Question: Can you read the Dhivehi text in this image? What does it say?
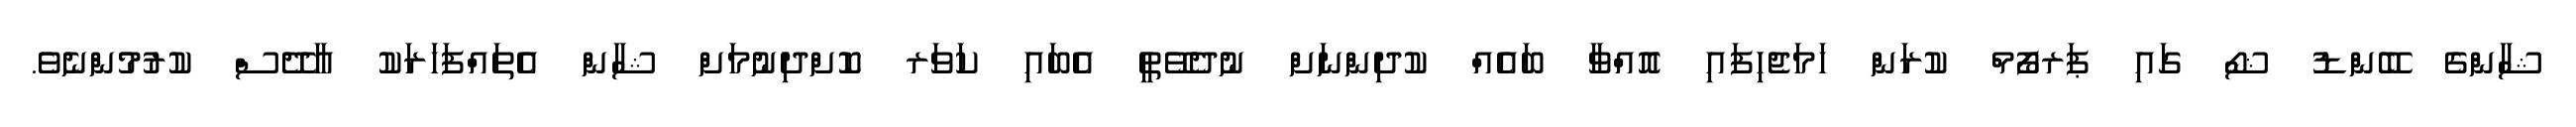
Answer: ޝާންގެ ބޭންޑު ޝޯ ގައި ޕަރފޯމް ކުރަން ހަމަޖެހިފައި އޮއްވާ ބައެއް ކުދިންނަށް ނުދެވޭތީ އެބައި ކަވަރ ކޮށްދިނުމަށް ޝާން އެތައްފަހަރަކު އާދޭސް ކުރުމުންނެވެ.